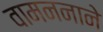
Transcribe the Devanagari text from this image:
वामननाने